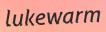
lukewarm